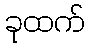
ခုထက်